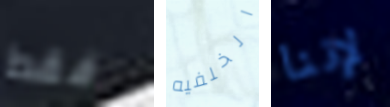
فقط الخلفيه لإننا